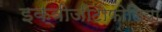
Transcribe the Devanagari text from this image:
इक्वीजीटोफोलिया